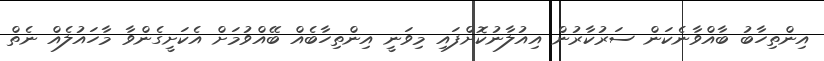
އިންތިހާބު ބާއްވާނެކަން ސަރުކާރުން އިއުލާނުކޮށްފައި މިވަނީ އިންތިހާބެއް ބޭއްވުމަށް އެކަށީގެންވާ މާހައުލެއް ނެތް